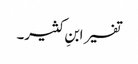
تفسیر ابنِ کثیر۔